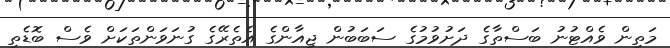
މަތިން ވެއްޓުނު ބަސްތާގެ ދަށުވުމުގެ ސަބަބުން ޖިއާންގެ އެތެރޭގެ ގުނަވަންތަކަށް ވެސް ބޮޑެތި